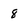
Character: 8